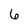
Character: 6